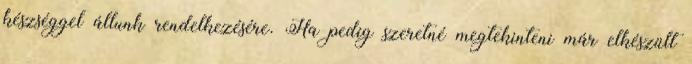
készséggel állunk rendelkezésére. Ha pedig szeretné megtekinteni már elkészült